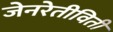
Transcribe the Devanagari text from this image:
जेनरेतीविती